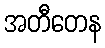
အတီတေန